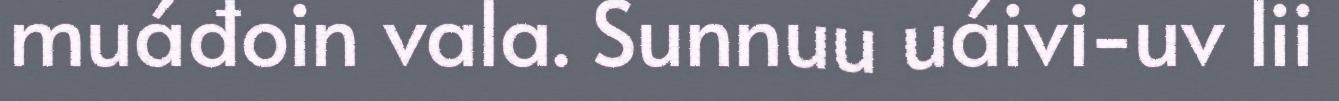
muáđoin vala. Sunnuu uáivi-uv lii